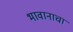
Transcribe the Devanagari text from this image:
भावानाचा